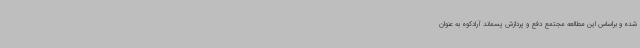
شده و براساس این مطالعه مجتمع دفع و پردازش پسماند آرادکوه به عنوان